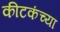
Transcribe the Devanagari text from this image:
कीटकंच्या